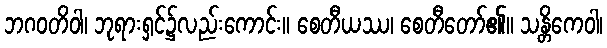
ဘဂဝတိဝါ၊ ဘုရားရှင်၌လည်းကောင်း။ စေတီယဿ၊ စေတီတော်၏။ သန္တိကေဝါ၊